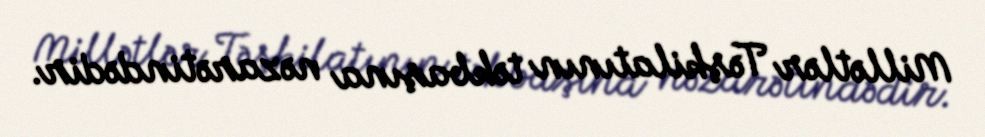
Millətlər Təşkilatının təkbaşına nəzarətindədir.